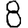
Digit: 8